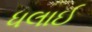
ધલાઈ